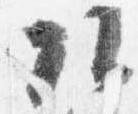
頭